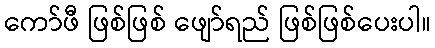
ကော်ဖီ ဖြစ်ဖြစ် ဖျော်ရည် ဖြစ်ဖြစ်ပေးပါ။